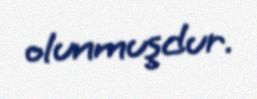
olunmuşdur.